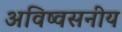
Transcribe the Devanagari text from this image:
अविष्वसनीय